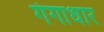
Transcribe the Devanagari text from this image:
गंगाधार